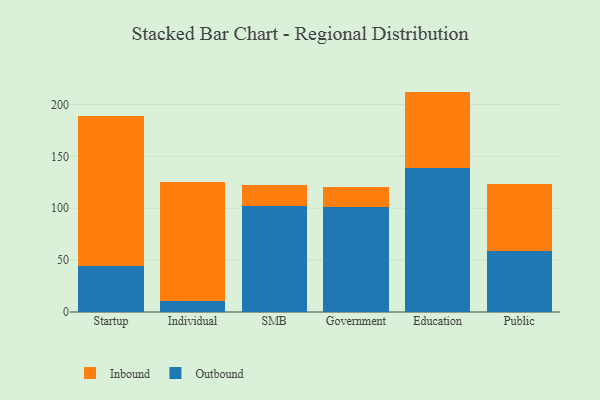
{"axis": {"x": "Segment", "y": "Page Views"}, "legend": ["Inbound", "Outbound"], "data": [{"x": "Startup", "y": 44.6, "type": "Outbound"}, {"x": "Startup", "y": 144.5, "type": "Inbound"}, {"x": "Individual", "y": 10.4, "type": "Outbound"}, {"x": "Individual", "y": 114.8, "type": "Inbound"}, {"x": "SMB", "y": 101.8, "type": "Outbound"}, {"x": "SMB", "y": 20.3, "type": "Inbound"}, {"x": "Government", "y": 101.4, "type": "Outbound"}, {"x": "Government", "y": 18.7, "type": "Inbound"}, {"x": "Education", "y": 138.4, "type": "Outbound"}, {"x": "Education", "y": 74.0, "type": "Inbound"}, {"x": "Public", "y": 59.1, "type": "Outbound"}, {"x": "Public", "y": 64.4, "type": "Inbound"}]}